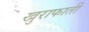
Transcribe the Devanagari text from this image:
खुराफाती